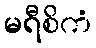
မရီစိကံ